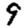
Digit: 9